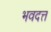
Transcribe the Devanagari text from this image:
भवदत्त